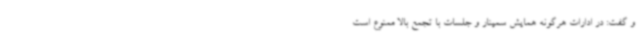
و گفت: در ادارات هرگونه همایش سمینار و جلسات با تجمع بالا ممنوع است